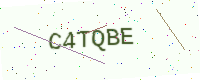
Text: C4TQBE